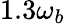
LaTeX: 1.3\omega_{b}